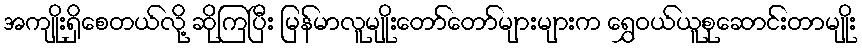
အကျိုးရှိစေတယ်လို့ ဆိုကြပြီး မြန်မာလူမျိုးတော်တော်များများက ရွှေဝယ်ယူစုဆောင်းတာမျိုး